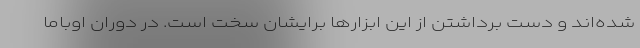
شده‌اند و دست برداشتن از این ابزارها برایشان سخت است. در دوران اوباما